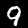
Label: 9